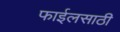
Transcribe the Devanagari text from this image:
फाईलसाठी